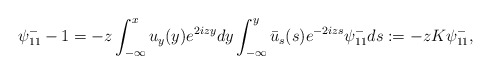
\begin{align*}\psi^-_{11}-1=-z \int_{-\infty}^x u_y(y) e^{2izy} dy \int_{-\infty}^{y} \bar{u}_s(s) e^{-2izs} \psi^-_{11}d s:=-z K \psi^-_{11},\end{align*}